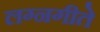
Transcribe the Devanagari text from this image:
लग्नगीते